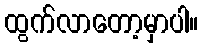
ထွက်လာတော့မှာပါ။